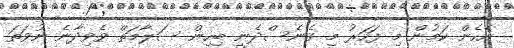
އެހެން ކަމުން މި ފަހަރު މި ގެނެސްދެނީ ބިހިން ސަލާމަތް ވެވިދާނެ ނުވަތަ